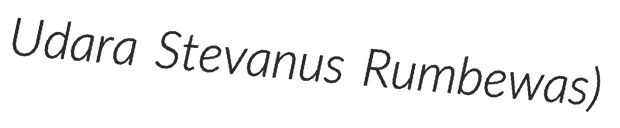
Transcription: Udara Stevanus Rumbewas)